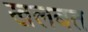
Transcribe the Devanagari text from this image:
खलबत